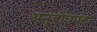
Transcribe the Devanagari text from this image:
अनुबोधपट